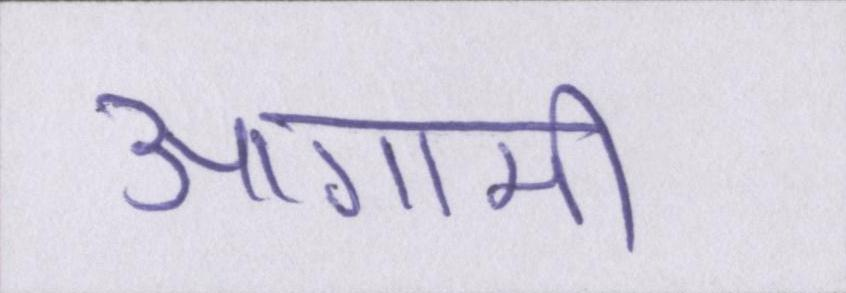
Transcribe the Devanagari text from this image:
आगामी